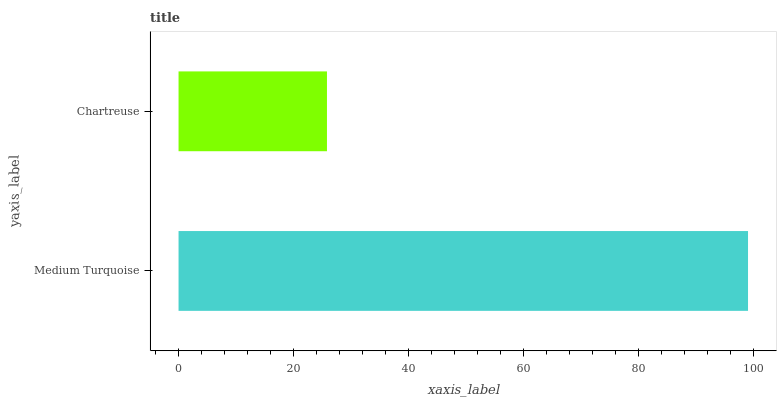
| yaxis_label | bars |
 | --- | --- |
 | Medium Turquoise | 99 |
 | Chartreuse | 25.8 |